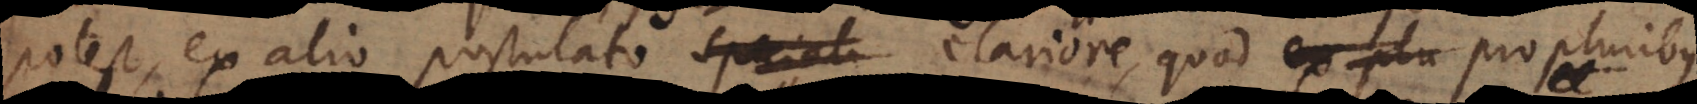
potest, ex alio postulato speciali clariore, quod pro pluribus